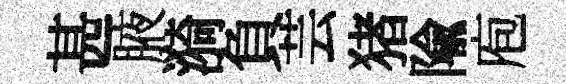
甚腋漪負芸猪隃庖